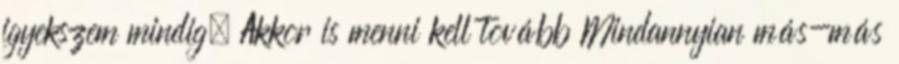
igyekszem mindig. Akkor is menni kell tovább Mindannyian más-más